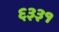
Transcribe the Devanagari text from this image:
६३३१